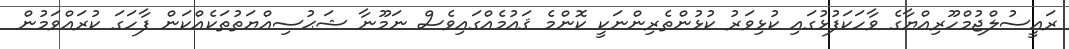
ރައީސުލްޖުމްހޫރިއްޔާގެ ވާހަކަފުޅުގައި ކުޅިވަރު ކުޅުންތެރިންނަކީ ކޮންމެ ޤައުމެއްގައިވެސް ނަމޫނާ ޝަޙުސިއްޔަތުތަކެއްކަން ފާހަގަ ކުރައްވަމުން